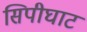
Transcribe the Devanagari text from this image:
सिपीघाट